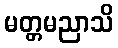
မတ္တမညာသိ